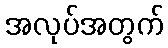
အလုပ်အတွက်